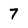
Character: 7